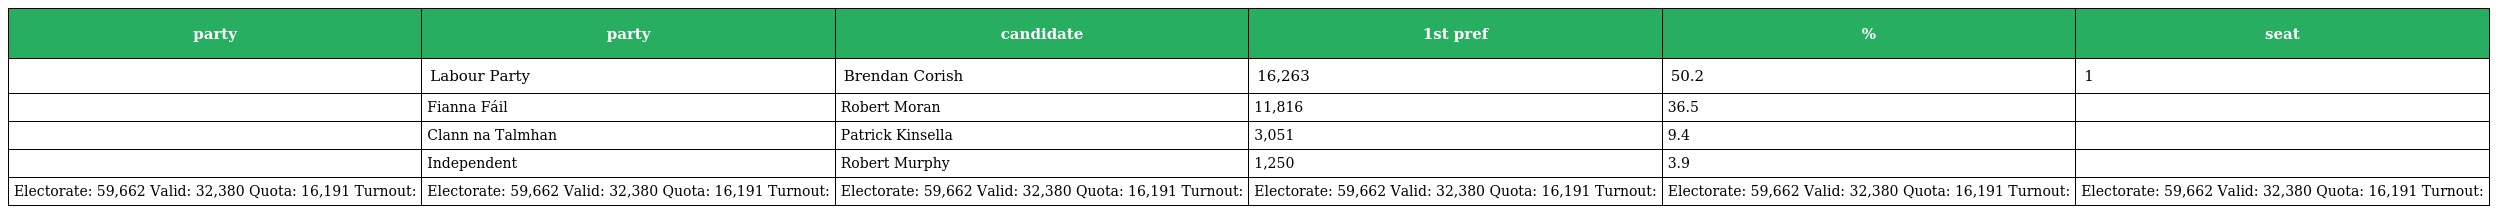
| party | party | candidate | 1st pref | % | seat |
 | --- | --- | --- | --- | --- | --- |
 |  | Labour Party | Brendan Corish | 16,263 | 50.2 | 1 |
 |  | Fianna Fáil | Robert Moran | 11,816 | 36.5 |  |
 |  | Clann na Talmhan | Patrick Kinsella | 3,051 | 9.4 |  |
 |  | Independent | Robert Murphy | 1,250 | 3.9 |  |
 | Electorate: 59,662 Valid: 32,380 Quota: 16,191 Turnout: | Electorate: 59,662 Valid: 32,380 Quota: 16,191 Turnout: | Electorate: 59,662 Valid: 32,380 Quota: 16,191 Turnout: | Electorate: 59,662 Valid: 32,380 Quota: 16,191 Turnout: | Electorate: 59,662 Valid: 32,380 Quota: 16,191 Turnout: | Electorate: 59,662 Valid: 32,380 Quota: 16,191 Turnout: |